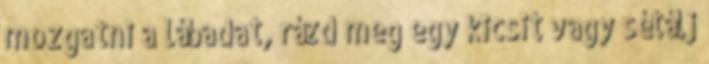
mozgatni a lábadat, rázd meg egy kicsit vagy sétálj